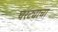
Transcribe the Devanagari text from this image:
घरट्याचा